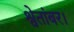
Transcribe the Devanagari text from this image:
श्वेतांबर।